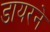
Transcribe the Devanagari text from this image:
डायरने